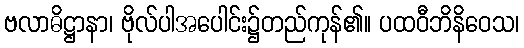
ဗလာဓိဋ္ဌာနာ၊ ဗိုလ်ပါအပေါင်း၌တည်ကုန်၏။ ပထဝီဘိနိဝေသ၊